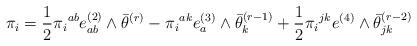
LaTeX: \begin{align*} \pi_i = \frac{1}{2} \pi{_i}^{ab}e_{ab}^{(2)}\wedge \bar{\theta}^{(r)} - \pi{_i}^{ak}e_a^{(3)}\wedge \bar{\theta}^{(r-1)}_k + \frac{1}{2}\pi{_i}^{jk}e^{(4)}\wedge \bar{\theta}^{(r-2)}_{jk}\end{align*}